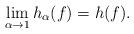
LaTeX: \begin{align*} \lim_{\alpha\to 1} h_{\alpha}(f)=h(f). \end{align*}